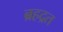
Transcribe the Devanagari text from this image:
ब्रहद्रत